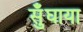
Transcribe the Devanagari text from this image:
सुँघाया